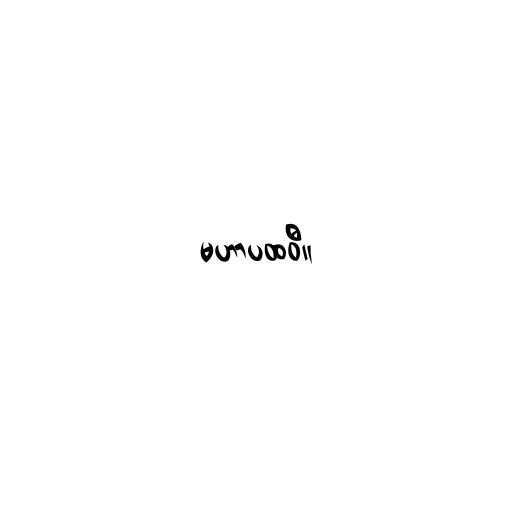
မဟာပထဝီ။